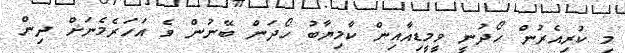
މި ކުރިއެރުން ހޯދުނީ ވީމީޑިއާއިން ކާމިޔާބު ހޯދަން ބޭނުން ވެ އަހަރެމެނަށް ދިން